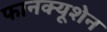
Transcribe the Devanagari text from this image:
फानक्यूशेन